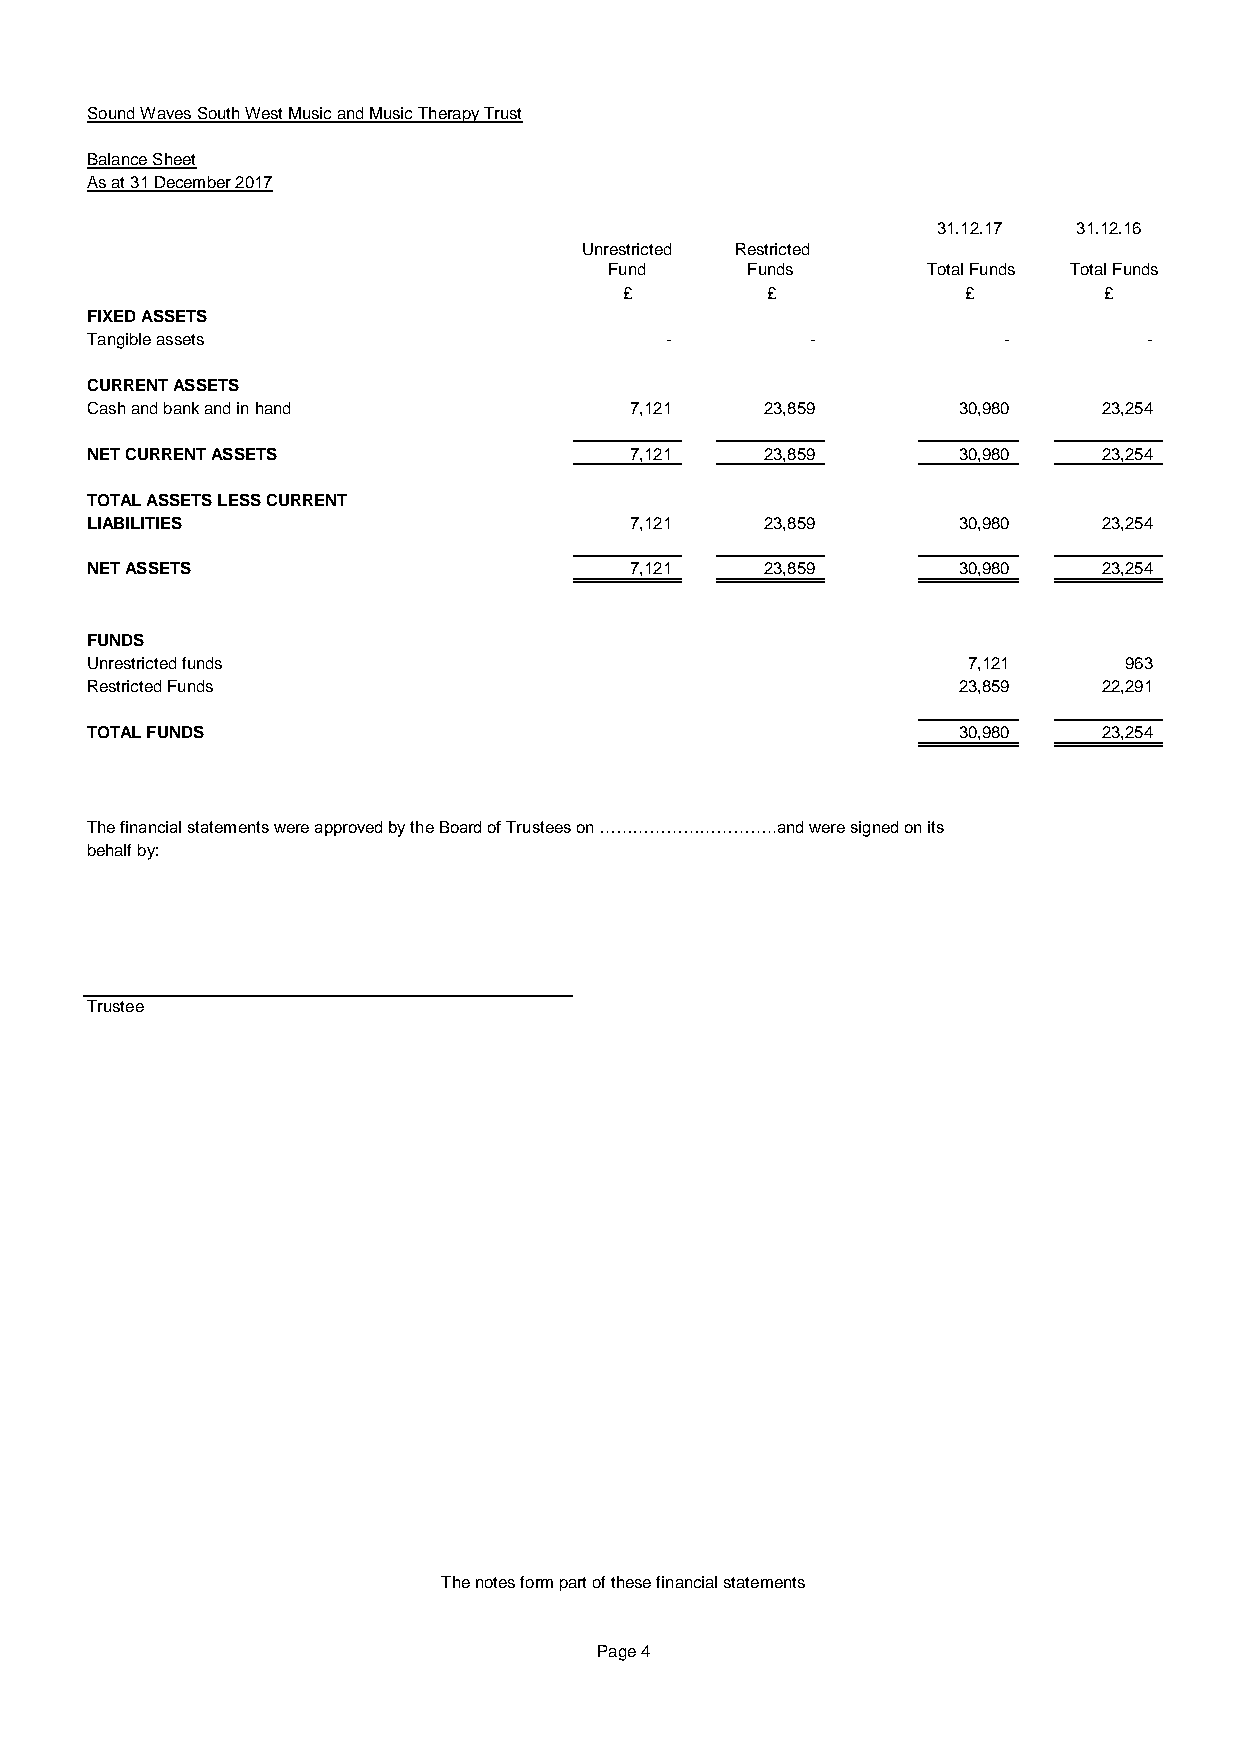
Sound Waves South West Music and Music Therapy Trust
 Balance Sheet
 As at 31 December 2017
 31.12.17 31.12.16
 Unrestricted Restricted
 Fund     Funds       Total Funds Total Funds
 £         £            £        £
 FIXED ASSETS
 Tangible assets                       -         -           -         -
 CURRENT ASSETS
 Cash and bank and in hand           7,121    23,859      30,980    23,254
 NET CURRENT ASSETS                  7,121    23,859      30,980    23,254
 TOTAL ASSETS LESS CURRENT
 LIABILITIES                         7,121    23,859      30,980    23,254
 NET ASSETS                          7,121    23,859      30,980    23,254
 FUNDS
 Unrestricted funds                                        7,121     963
 Restricted Funds                                         23,859    22,291
 TOTAL FUNDS                                              30,980    23,254
 The financial statements were approved by the Board of Trustees on …………………………..and were signed on its
 behalf by:
 Trustee
 The notes form part of these financial statements
 Page 4